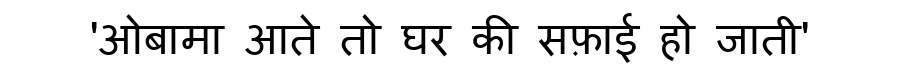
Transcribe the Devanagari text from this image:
'ओबामा आते तो घर की सफ़ाई हो जाती'